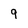
Character: g